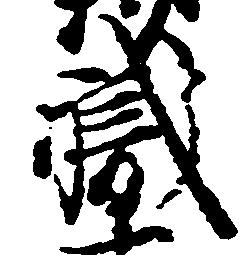
職